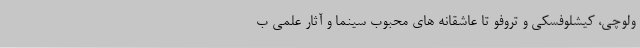
ولوچی، کیشلوفسکی و تروفو تا عاشقانه های محبوب سینما و آثار علمی ب